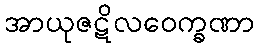
အာယုဇဋိလဝေက္ခဏာ